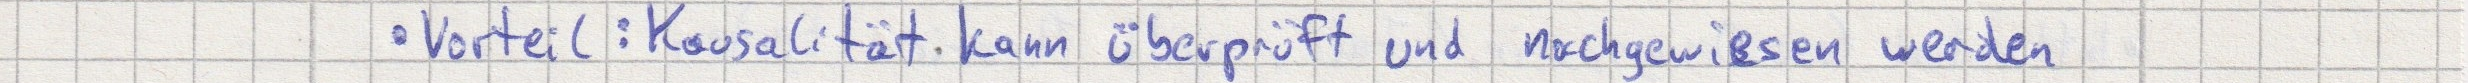
- Vorteil: Kausalität kann überprüft und nachgewiesen werden